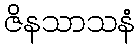
ဇိနသာသနံ